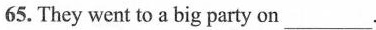
65. They went to a big party on___